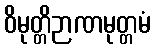
ဝိမုတ္တိဉာဏမုတ္တမံ